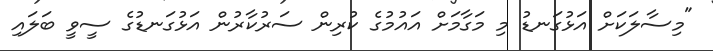
"މިސާލަކަށް އަޅުގަނޑު މި މަގާމަށް އައުމުގެ ކުރިން ސަރުކާރުން އަޅުގަނޑުގެ ސީވީ ބަލައި